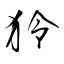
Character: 狑